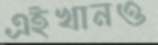
এইখানও